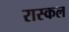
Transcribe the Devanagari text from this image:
रास्कल